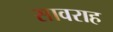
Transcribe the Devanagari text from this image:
सावराह